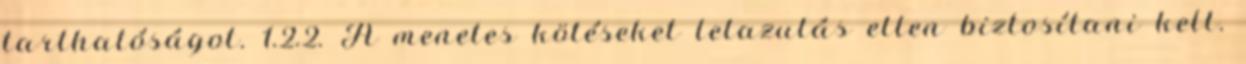
tarthatóságot. 1.2.2. A menetes kötéseket lelazulás ellen biztosítani kell.